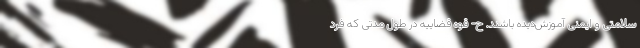
سلامتی و ایمنی آموزش‌دیده باشند. ح- قوه قضاییه در طول مدتی که فرد